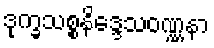
ဒုက္ခသစ္စနိဒ္ဒေသဝဏ္ဏနာ